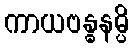
ကာယဗန္ဓနမ္ပိ